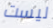
ليست